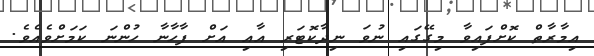
އިމާރާތް ކޮށްފައިވާ މިގޭގައި ނުވަ ނިދާކޮޓަރި އާއި އަށް ފާހާނާ ހުންނަ ކަމަށްވެއެވެ.